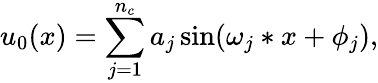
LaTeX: u_{0}(x)=\sum_{j=1}^{n_{c}}a_{j}\sin(\omega_{j}*x+\phi_{j}),